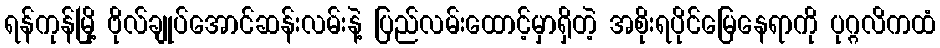
ရန်ကုန်မြို့ ဗိုလ်ချုပ်အောင်ဆန်းလမ်းနဲ့ ပြည်လမ်းထောင့်မှာရှိတဲ့ အစိုးရပိုင်မြေနေရာကို ပုဂ္ဂလိကထံ